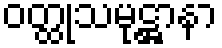
ဝတ္ထုသမုဋ္ဌာနာ